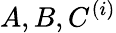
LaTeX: A,B,C^{(i)}